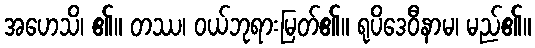
အဟေသိ၊ ၏။ တဿ၊ ဝယ်ဘုရားမြတ်၏။ ရုပိဒေဝီနာမ၊ မည်၏။